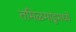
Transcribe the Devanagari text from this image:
तमिळमाडूमध्ये